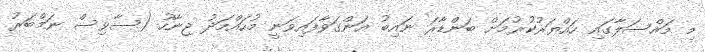
މި މައްސަލާގައި ހައްޔަރުކުރުމަށް ބަންޑާރަ ނައިބު އަންގަވާފައިވަނީ މުހައްމަދު ޖިނާހު (ސާވިސް ނަމްބަރު